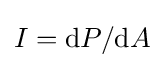
I=\mathrm {d} P/\mathrm {d} A